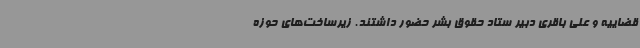
قضاییه و علی باقری دبیر ستاد حقوق بشر حضور داشتند. زیرساخت‌های حوزه